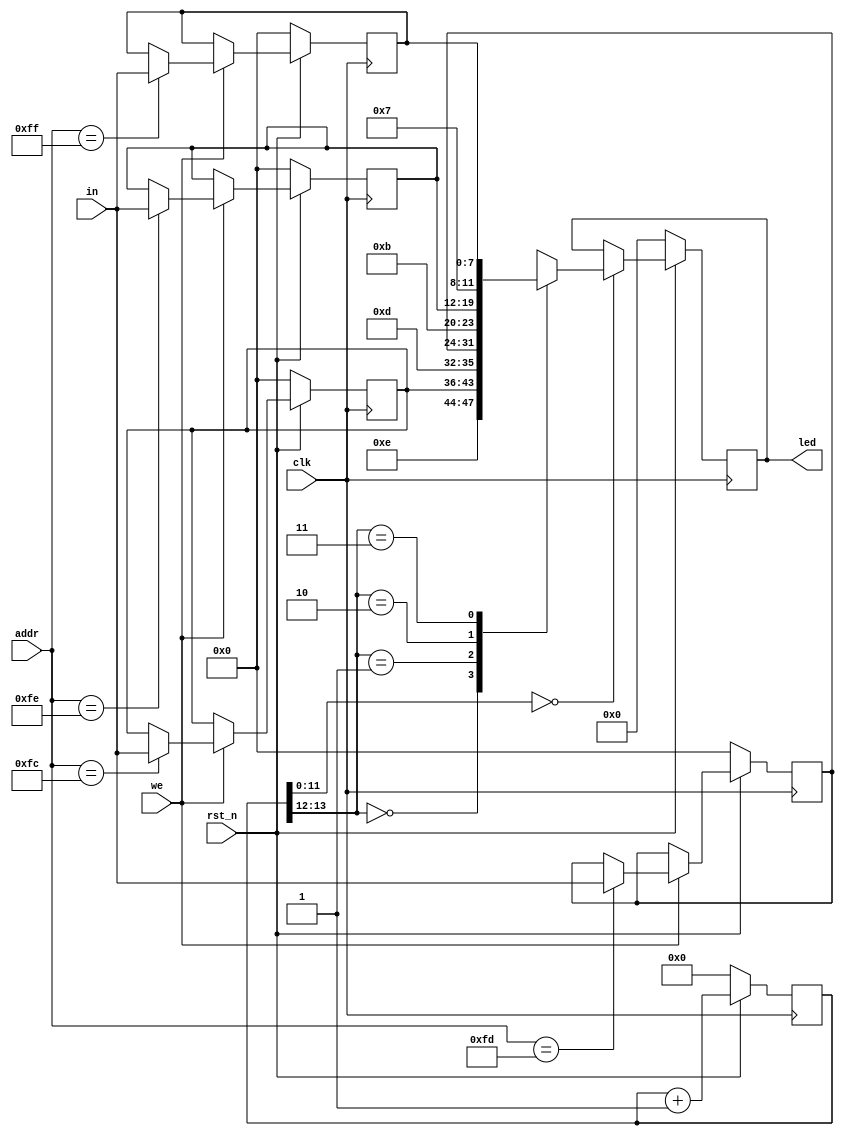
`timescale 1ps/1ps

module led
(
  input  wire        clk,
  input  wire        rst_n,
  input  wire        we,
  input  wire [7:0]  in,
  input  wire [7:0]  addr,
  output reg  [11:0] led
);

  reg [7:0]  mem [3:0];
  reg [13:0] cnt;

  always @(posedge clk) begin
    if (!rst_n) begin
      mem[0] <= 8'b0;
      mem[1] <= 8'b0;
      mem[2] <= 8'b0;
      mem[3] <= 8'b0;
      cnt    <= 14'b0;
      led    <= 12'b0;
    end else begin
      cnt <= cnt + 1;
      if (we) begin
        case (addr)
          8'hfc : mem[0] <= in;
          8'hfd : mem[1] <= in;
          8'hfe : mem[2] <= in;
          8'hff : mem[3] <= in;
        endcase
      end
      if (!cnt[11:0]) begin
        case (cnt[13:12])
          2'b00 : led <= {4'b1110, mem[0]};
          2'b01 : led <= {4'b1101, mem[1]};
          2'b10 : led <= {4'b1011, mem[2]};
          2'b11 : led <= {4'b0111, mem[3]};
        endcase
      end
    end
  end

endmodule